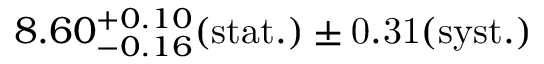
8 . 6 0 _ { - 0 . 1 6 } ^ { + 0 . 1 0 } ( \mathrm { s t a t . ) \pm 0 . 3 1 ( \mathrm { s y s t . ) } }